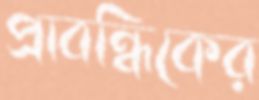
প্রাবন্ধিকের